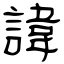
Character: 諱